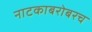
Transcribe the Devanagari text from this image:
नाटकाबरोबरच